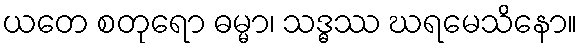
ယတေ စတုရော ဓမ္မာ၊ သဒ္ဓဿ ဃရမေသိနော။